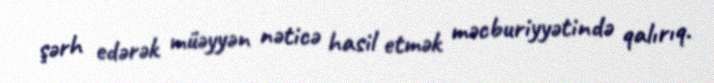
şərh edərək müəyyən nəticə hasil etmək məcburiyyətində qalırıq.